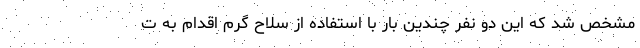
مشخص شد که این دو نفر چندین بار با استفاده از سلاح گرم اقدام به ت